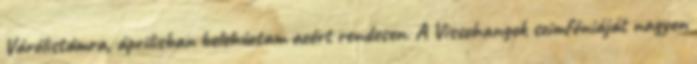
Várólistámra, áprilisban belehúztam azért rendesen. A Visszhangok szimfóniáját nagyon